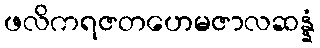
ဖလိကရဇတဟေမဇာလဆန္နံ